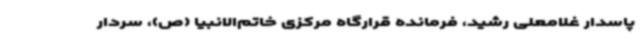
پاسدار غلامعلی رشید، فرمانده قرارگاه مرکزی خاتم‌الانبیا (ص)، سردار